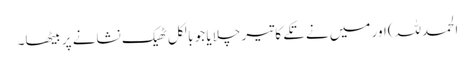
الحمدللہ)اور میں نے تکے کا تیر چلایا جو بالکل ٹھیک نشانے پر بیٹھا۔